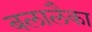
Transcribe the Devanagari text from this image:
बलालैका